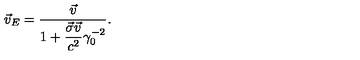
\vec { v } _ { E } = \frac { \vec { v } } { 1 + \displaystyle \frac { \vec { \sigma } \vec { v } } { c ^ { 2 } } \gamma _ { 0 } ^ { - 2 } } .